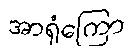
အာရုံကြော